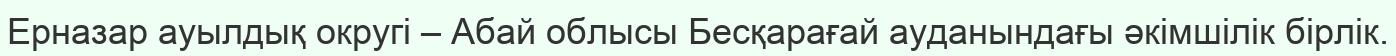
Ерназар ауылдық округі – Абай облысы Бесқарағай ауданындағы әкімшілік бірлік.